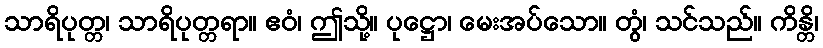
သာရိပုတ္တ၊ သာရိပုတ္တရာ။ ဧဝံ၊ ဤသို့။ ပုဋ္ဌော၊ မေးအပ်သော။ တွံ၊ သင်သည်။ ကိန္တိ၊